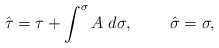
\begin{align*}\hat{\tau}=\tau+\int^{\sigma}A\;d\sigma,\;\;\;\;\;\;\;\;\hat{\sigma}=\sigma,\end{align*}